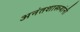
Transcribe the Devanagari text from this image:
अनंतशास्त्र्यांनी